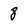
Character: 8